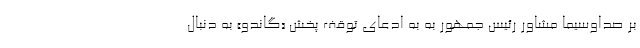
بر صداوسیما مشاور رئیس جمهور به به ادعای توقف پخش «گاندو» به دنبال